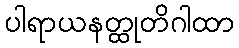
ပါရာယနတ္ထုတိဂါထာ